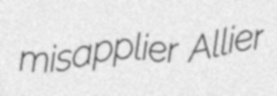
misapplier Allier